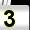
Digit: 3